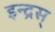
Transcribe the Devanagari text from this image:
इन्द्रस्